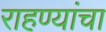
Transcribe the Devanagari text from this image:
राहण्यांचा